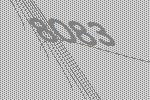
8083